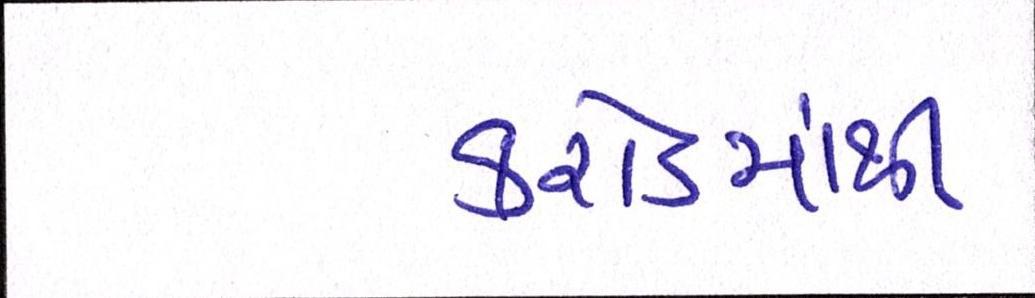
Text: કરોડમાંથી